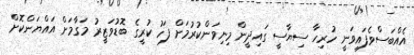
އެއްބަސްވެފައިވަނީ ހުރިހާ ސިޔާސީ ގައިދީން މިނިވަންކުރުމަށް ފަހު ކުރީގެ ބޮޑުވަޒީރު މަގާމަށް އައްޔަންކޮށް